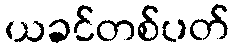
ယခင်တစ်ပတ်